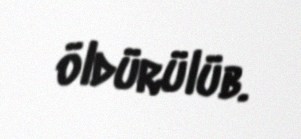
öldürülüb.